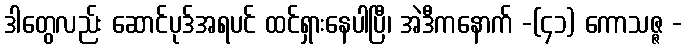
ဒါတွေလည်း ဆောင်ပုဒ်အရပင် ထင်ရှားနေပါပြီ၊ အဲဒီကနောက် -(၄၁) ကောသဇ္ဇ -